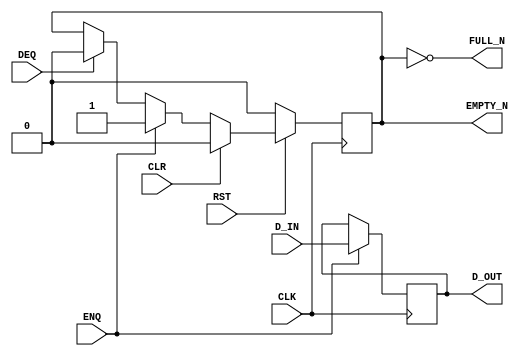

// Copyright (c) 2000-2012 Bluespec, Inc.

// Permission is hereby granted, free of charge, to any person obtaining a copy
// of this software and associated documentation files (the "Software"), to deal
// in the Software without restriction, including without limitation the rights
// to use, copy, modify, merge, publish, distribute, sublicense, and/or sell
// copies of the Software, and to permit persons to whom the Software is
// furnished to do so, subject to the following conditions:

// The above copyright notice and this permission notice shall be included in
// all copies or substantial portions of the Software.

// THE SOFTWARE IS PROVIDED "AS IS", WITHOUT WARRANTY OF ANY KIND, EXPRESS OR
// IMPLIED, INCLUDING BUT NOT LIMITED TO THE WARRANTIES OF MERCHANTABILITY,
// FITNESS FOR A PARTICULAR PURPOSE AND NONINFRINGEMENT. IN NO EVENT SHALL THE
// AUTHORS OR COPYRIGHT HOLDERS BE LIABLE FOR ANY CLAIM, DAMAGES OR OTHER
// LIABILITY, WHETHER IN AN ACTION OF CONTRACT, TORT OR OTHERWISE, ARISING FROM,
// OUT OF OR IN CONNECTION WITH THE SOFTWARE OR THE USE OR OTHER DEALINGS IN
// THE SOFTWARE.
//
// $Revision: 29441 $
// $Date: 2012-08-27 21:58:03 +0000 (Mon, 27 Aug 2012) $

`ifdef BSV_ASSIGNMENT_DELAY
`else
  `define BSV_ASSIGNMENT_DELAY
`endif

`ifdef BSV_POSITIVE_RESET
  `define BSV_RESET_VALUE 1'b1
  `define BSV_RESET_EDGE posedge
`else
  `define BSV_RESET_VALUE 1'b0
  `define BSV_RESET_EDGE negedge
`endif




// Depth 1 FIFO
module FIFO1(CLK,
             RST,
             D_IN,
             ENQ,
             FULL_N,
             D_OUT,
             DEQ,
             EMPTY_N,
             CLR
             );

   parameter width = 1;
   parameter guarded = 1;
   input                  CLK;
   input                  RST;
   input [width - 1 : 0]  D_IN;
   input                  ENQ;
   input                  DEQ;
   input                  CLR ;

   output                 FULL_N;
   output [width - 1 : 0] D_OUT;
   output                 EMPTY_N;

   reg [width - 1 : 0]    D_OUT;
   reg                    empty_reg ;


   assign                 EMPTY_N = empty_reg ;


`ifdef BSV_NO_INITIAL_BLOCKS
`else // not BSV_NO_INITIAL_BLOCKS
   // synopsys translate_off
   initial
     begin
        D_OUT   = {((width + 1)/2) {2'b10}} ;
        empty_reg = 1'b0 ;
     end // initial begin
   // synopsys translate_on
`endif // BSV_NO_INITIAL_BLOCKS


   assign FULL_N = !empty_reg;

   always@(posedge CLK /* or `BSV_RESET_EDGE RST */ )
     begin
        if (RST == `BSV_RESET_VALUE)
          begin
             empty_reg <= `BSV_ASSIGNMENT_DELAY 1'b0;
          end // if (RST == `BSV_RESET_VALUE)
        else
           begin
              if (CLR)
                begin
                   empty_reg <= `BSV_ASSIGNMENT_DELAY 1'b0;
                end // if (CLR)
              else if (ENQ)
                begin
                   empty_reg <= `BSV_ASSIGNMENT_DELAY 1'b1;
                end // if (ENQ)
              else if (DEQ)
                begin
                   empty_reg <= `BSV_ASSIGNMENT_DELAY 1'b0;
                end // if (DEQ)
           end // else: !if(RST == `BSV_RESET_VALUE)
     end // always@ (posedge CLK or `BSV_RESET_EDGE RST)

   always@(posedge CLK /* or `BSV_RESET_EDGE RST */)
     begin
        // Following section initializes the data registers which
        // may be desired only in some situations.
        // Uncomment to initialize array
        /*
        if (RST == `BSV_RESET_VALUE)
          begin
             D_OUT <= `BSV_ASSIGNMENT_DELAY {width {1'b0}} ;
          end
        else
         */
           begin
              if (ENQ)
                D_OUT     <= `BSV_ASSIGNMENT_DELAY D_IN;
           end // else: !if(RST == `BSV_RESET_VALUE)
     end // always@ (posedge CLK or `BSV_RESET_EDGE RST)

   // synopsys translate_off
   always@(posedge CLK)
     begin: error_checks
        reg deqerror, enqerror ;

        deqerror =  0;
        enqerror = 0;
        if (RST == ! `BSV_RESET_VALUE)
           begin
              if ( ! empty_reg && DEQ )
                begin
                   deqerror = 1 ;
                   $display( "Warning: FIFO1: %m -- Dequeuing from empty fifo" ) ;
                end
              if ( ! FULL_N && ENQ && (!DEQ || guarded) )
                begin
                   enqerror =  1 ;
                   $display( "Warning: FIFO1: %m -- Enqueuing to a full fifo" ) ;
                end
           end // if (RST == ! `BSV_RESET_VALUE)
     end
   // synopsys translate_on

endmodule